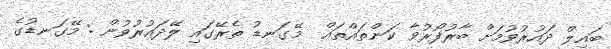
ބައިލް ދައުރުވުމަށް ބާރުފޯރުވާ ކަންތައްތައް  މޭގަނޑު ތެރޭގައި ލޭދައުރުވުން : މޭގަނޑުގެ